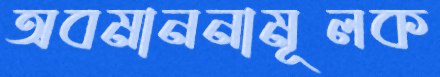
অবমাননামূলক